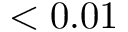
< 0 . 0 1